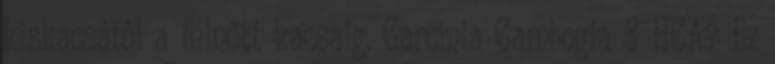
kiskacsától a felnőtt kacsaig. Garcinia Cambogia & HCA? Ez